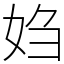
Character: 㛀